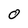
Character: O